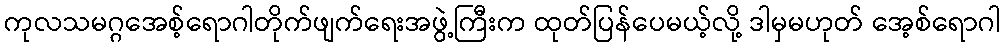
ကုလသမဂ္ဂအေစ့်ရောဂါတိုက်ဖျက်ရေးအဖွဲ့ကြီးက ထုတ်ပြန်ပေမယ့်လို့ ဒါမှမဟုတ် အေ့စ်ရောဂါ